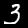
Label: 3